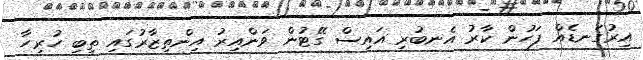
އިރުގަނޑެއް ފަހުން ކާރު އެނބުރި އައިސް ގޭޓުން ވަންއިރު އިންތިޒާރުގައި ތިބި ހުރިހާ